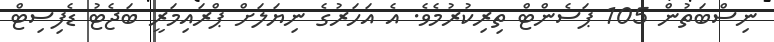
ނިސްބަތުން 105 ޕަސެންޓް ތިރިކުރުމެވެ. އެ އަހަރުގެ ނިޔަލަށް ޕްރައިމަރީ ބަޖެޓު ޑެފިސިޓް